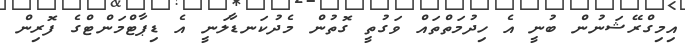
އިމިގްރޭޝަނުން ބުނީ އެ ހިދުމަތްތައް ވަގުތީ ގޮތުން މެދުކަނޑާލަނީ އެ ޑިޕާޓްމަންޓްގެ ފޮރިން